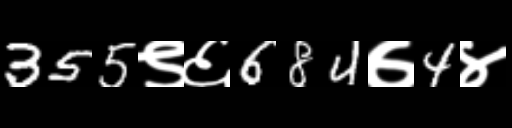
Text: 355९६684७4४